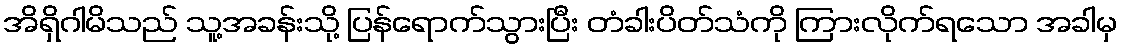
အိရှိဂါမိသည် သူ့အခန်းသို့ ပြန်ရောက်သွားပြီး တံခါးပိတ်သံကို ကြားလိုက်ရသော အခါမှ